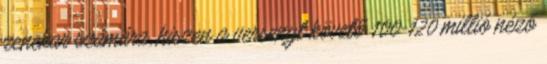
zenekar számára, hiszen a versenyt követő 100-120 millió néző